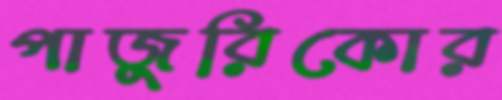
পাজুরিকোর